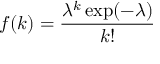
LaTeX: f ( k ) = { \frac { \lambda ^ { k } \exp ( - \lambda ) } { k ! } }